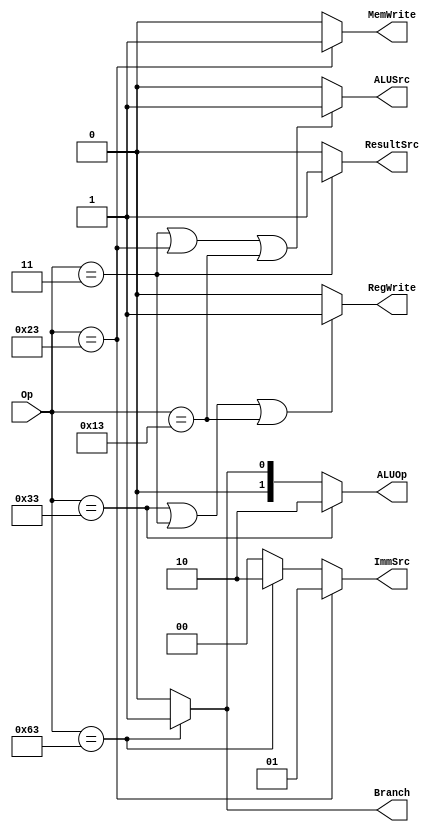
// This program was cloned from: https://github.com/theuppercaseguy/FYP--Risc-V-32-bit-Matrix-Mac
// License: GNU General Public License v3.0

`timescale 1ns / 1ps
//////////////////////////////////////////////////////////////////////////////////
// Company: 
// Engineer: 
// 
// Design Name: 
// Module Name: Main_Decoder
// Project Name: 
// Target Devices: 
// Tool Versions: 
// Description: 
// 
// Dependencies: 
// 
// Revision:
// Revision 0.01 - File Created
// Additional Comments:
// 
//////////////////////////////////////////////////////////////////////////////////

//correctly working, every instruction checked on testbench

module Main_Decoder(Op,RegWrite,ImmSrc,ALUSrc,MemWrite,ResultSrc,Branch,ALUOp);
    
    input [6:0]Op;
    
    
    output RegWrite,ALUSrc,MemWrite,ResultSrc,Branch;
    output [1:0]ImmSrc,ALUOp;
    
     // I-Type Basic Instructions => SLLI, SRLI, SRAI, ADDI, LI ETC => OP => 0010011
     // parameter I_ADDI_op = 7'b0010011;   //ADDI  => OP => 0010011 => I-TYPE
     parameter I_op_basic = 7'b0010011;   //ADDI  => OP => 0010011 => I-TYPE
          
     parameter I_lw_op = 7'b0000011;     //LW    => OP => 0000011 => I-TYPE
                                             
    // R-type Instructions: => ADD, SUB, AND, OR, XOR, SLL, SRL, SLT => SAME OPCODE => 0110011
     parameter R_op_basic = 7'b0110011;  
                                         
    //S-TYPE INSTRUCTIONS                
     parameter S_sw_op = 7'b0100011;     //SW    => OP => 0100011 => S-TYPE
     
    //B-TYPE INSTRUCTIONS
     parameter B_op_basic = 7'b1100011;  //BEQ = BNE = BLT = BGE => OP => 1100011 SAME OP CODE
            

    assign RegWrite     = ( Op == R_op_basic | Op == I_lw_op | Op == I_op_basic ) ? 1'b1 : 1'b0;
    assign ImmSrc       = ( Op == S_sw_op ) ? 2'b01 : ( Op == B_op_basic ) ? 2'b10 : 2'b00;    
    assign ALUSrc       = ( Op == I_lw_op | Op == S_sw_op | Op == I_op_basic ) ? 1'b1 : 1'b0;
    assign MemWrite     = ( Op == S_sw_op )   ? 1'b1 : 1'b0 ;
    assign ResultSrc    = ( Op == I_lw_op  )   ? 1'b1 : 1'b0 ;
    assign Branch       = ( Op == B_op_basic ) ? 1'b1 : 1'b0 ;
    assign ALUOp        = ( Op == R_op_basic ) ? 2'b10: ( Op == B_op_basic ) ? 2'b01 : 2'b00 ;
    


endmodule